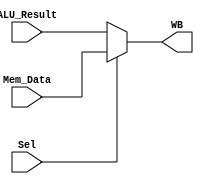
/********************************************************************************************************
/		MODULE: Write_Back
/		PURPOSE: Given the possible things to writeback into the register file and a select line choose 
/				between them.
/
/		INPUTS: 
/				ALU_Result [15:0] - Output from ALU_Result
/				Mem_Data [15:0] - Output from a memory read
/				Sel - Which input to choose from
/					0 - ALU
/					1 - Memory
/
/		OUTPUTS: 
/				WB [15:0] - What to write back
********************************************************************************************************/
module Write_Back (ALU_Result, Mem_Data, Sel, WB);

	input [15:0] 	ALU_Result;
	input [15:0] 	Mem_Data;
	input 			Sel;

	output [15:0] 	WB;

	assign WB = Sel ? Mem_Data : ALU_Result;

endmodule

//Checked 3/22